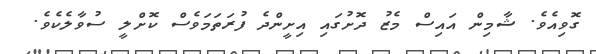
ގޮވިއެވެ. ޝާމިން އައިސް މެޒު ދޮށުގައި އިށީންދެ ފުރަތަމަވެސް ކޮށްލީ ސުވާލެކެވެ.